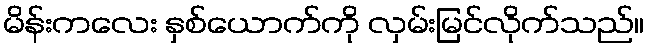
မိန်းကလေး နှစ်ယောက်ကို လှမ်းမြင်လိုက်သည်။